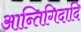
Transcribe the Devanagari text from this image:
आन्तिगिदादि